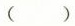
( )